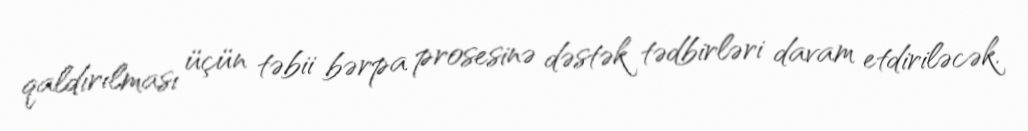
qaldırılması üçün təbii bərpa prosesinə dəstək tədbirləri davam etdiriləcək.